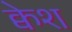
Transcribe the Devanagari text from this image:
क्वेश